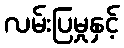
လမ်းပြမှုနှင့်